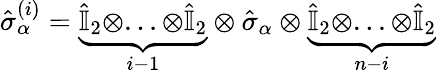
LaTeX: \hat{\sigma}_{\alpha}^{(i)}=\underbrace{\hat{\mathbb{I}}_{2}\otimes...\otimes\hat{\mathbb{I}}_{2}}_{i-1}\otimes\hat{\sigma}_{\alpha}\otimes\underbrace{\hat{\mathbb{I}}_{2}\otimes...\otimes\hat{\mathbb{I}}_{2}}_{n-i}